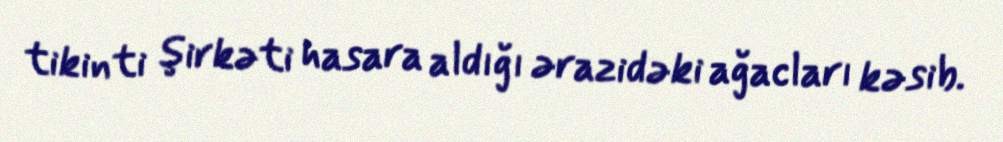
tikinti şirkəti hasara aldığı ərazidəki ağacları kəsib.